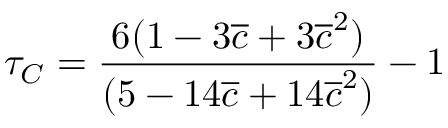
\begin{array} { c c c } { \displaystyle { \tau _ { C } = \frac { 6 ( 1 - 3 \overline { { c } } + 3 \overline { { c } } ^ { 2 } ) } { ( 5 - 1 4 \overline { { c } } + 1 4 \overline { { c } } ^ { 2 } ) } - 1 } } \end{array}